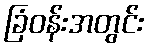
ခြံဝန်းအတွင်း